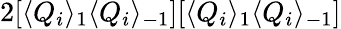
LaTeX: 2[\langle Q_{i}\rangle_{1}\langle Q_{i}\rangle_{-1}][\langle Q_{i}\rangle_{1}\langle Q_{i}\rangle_{-1}]